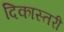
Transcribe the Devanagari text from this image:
दिकास्तरी